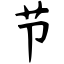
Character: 节